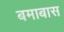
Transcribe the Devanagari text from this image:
बमाबास